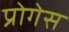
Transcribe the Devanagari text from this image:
प्रोगेस